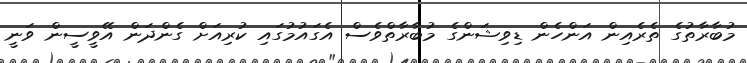
މުބާރާތުގެ ތެރެއިން އަންހެން ޑިވިޝަންގެ މުބާރާތްވެސް އެގައުމުގައި ކުރިއަށް ގެންދަން އޭވީސީން ވަނީ